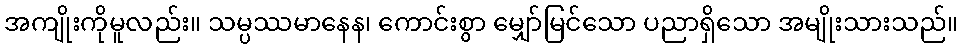
အကျိုးကိုမူလည်း။ သမ္ပဿမာနေန၊ ကောင်းစွာ မျှော်မြင်သော ပညာရှိသော အမျိုးသားသည်။